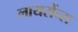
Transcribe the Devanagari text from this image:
लायसेंन्स